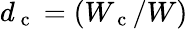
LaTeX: d_{\mathrm{~c~}}=(W_{\mathrm{~c~}}/W)